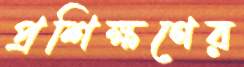
প্রশিক্ষণের